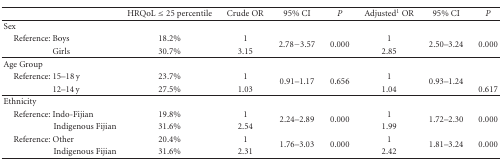
|  | HRQoL ≤ 25 percentile | Crude OR | 95% CI | P | Adjusted1 OR | 95% CI | P |
 | --- | --- | --- | --- | --- | --- | --- | --- |
 | Sex |  |  |  |  |  |  |  |
 | Reference: Boys | 18.2% | 1 | <ROWSPAN=2> 2.78−3.57 | <ROWSPAN=2> 0.000 | 1 | <ROWSPAN=2> 2.50–3.24 | <ROWSPAN=2> 0.000 |
 | Girls | 30.7% | 3.15 | 2.85 |
 | Age Group |  |  |  |  |  |  |  |
 | Reference: 15–18 y | 23.7% | 1 | <ROWSPAN=2> 0.91–1.17 | <ROWSPAN=2> 0.656 | 1 | <ROWSPAN=2> 0.93–1.24 |  |
 | 12–14 y | 27.5% | 1.03 | 1.04 | 0.617 |
 | Ethnicity |  |  |  |  |  |  |  |
 | Reference: Indo-Fijian | 19.8% | 1 | <ROWSPAN=2> 2.24–2.89 | <ROWSPAN=2> 0.000 | 1 | <ROWSPAN=2> 1.72–2.30 | <ROWSPAN=2> 0.000 |
 | Indigenous Fijian | 31.6% | 2.54 | 1.99 |
 | Reference: Other | 20.4% | 1 | <ROWSPAN=2> 1.76–3.03 | <ROWSPAN=2> 0.000 | 1 | <ROWSPAN=2> 1.81–3.24 | <ROWSPAN=2> 0.000 |
 | Indigenous Fijian | 31.6% | 2.31 | 2.42 |